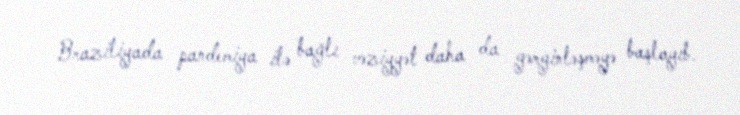
Braziliyada pandemiya ilə bağlı vəziyyət daha da gərginləşməyə başlayıb.